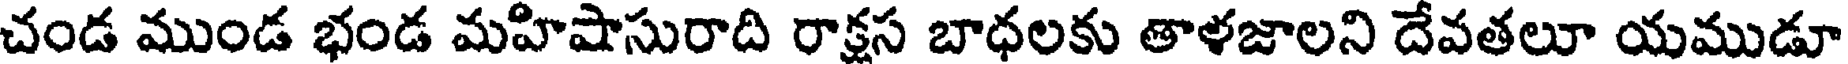
చండ ముండ భండ మహిషాసురాది రాక్షస బాధలకు తాళజాలని దేవతలూ యముడూ